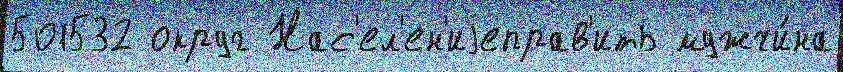
501532 округ Нас'ел'ен'иjеправ'ить мужчи́на